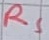
Text: RS